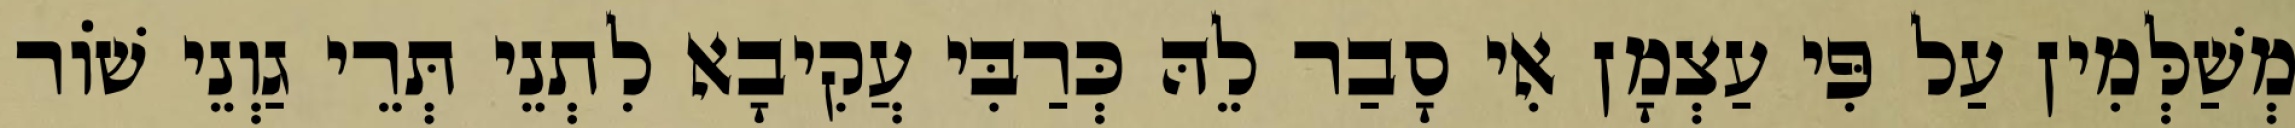
מְשַׁלְּמִין עַל פִּי עַצְמָן אִי סָבַר לֵהּ כְּרַבִּי עֲקִיבָא לִתְנֵי תְּרֵי גַוְנֵי שׁוֹר